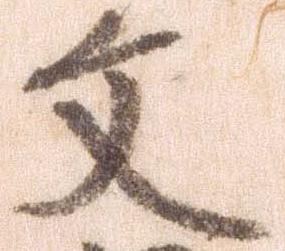
文